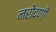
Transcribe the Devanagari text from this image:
नरोदणी